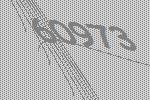
60973